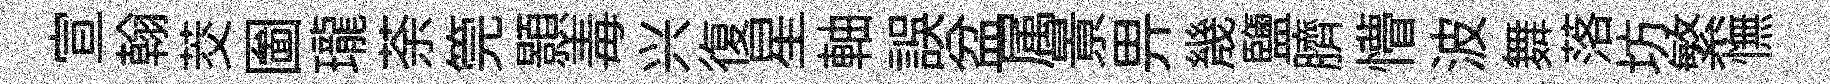
宣翰茭圗瓏荼筦顥毒兴復星軸誤盆属㬌畀㡬鹽臍懵波舞落坊繁憮